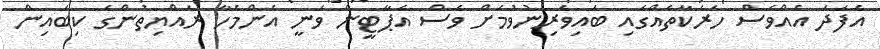
އެފަދަ އެއްވެސް ހަރަކާތެއްގައި ބައިވެރިނުވުމަށް ވެސް އެޕާޓީން ވަނީ އެންމެހާ ރައްޔިތުންގެ ކިބައިން